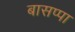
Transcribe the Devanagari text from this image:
बासप्पा